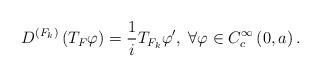
LaTeX: \begin{align*}D^{\left(F_{k}\right)}\left(T_{F}\varphi\right)=\frac{1}{i}T_{F_{k}}\varphi',\;\forall\varphi\in C_{c}^{\infty}\left(0,a\right).\end{align*}